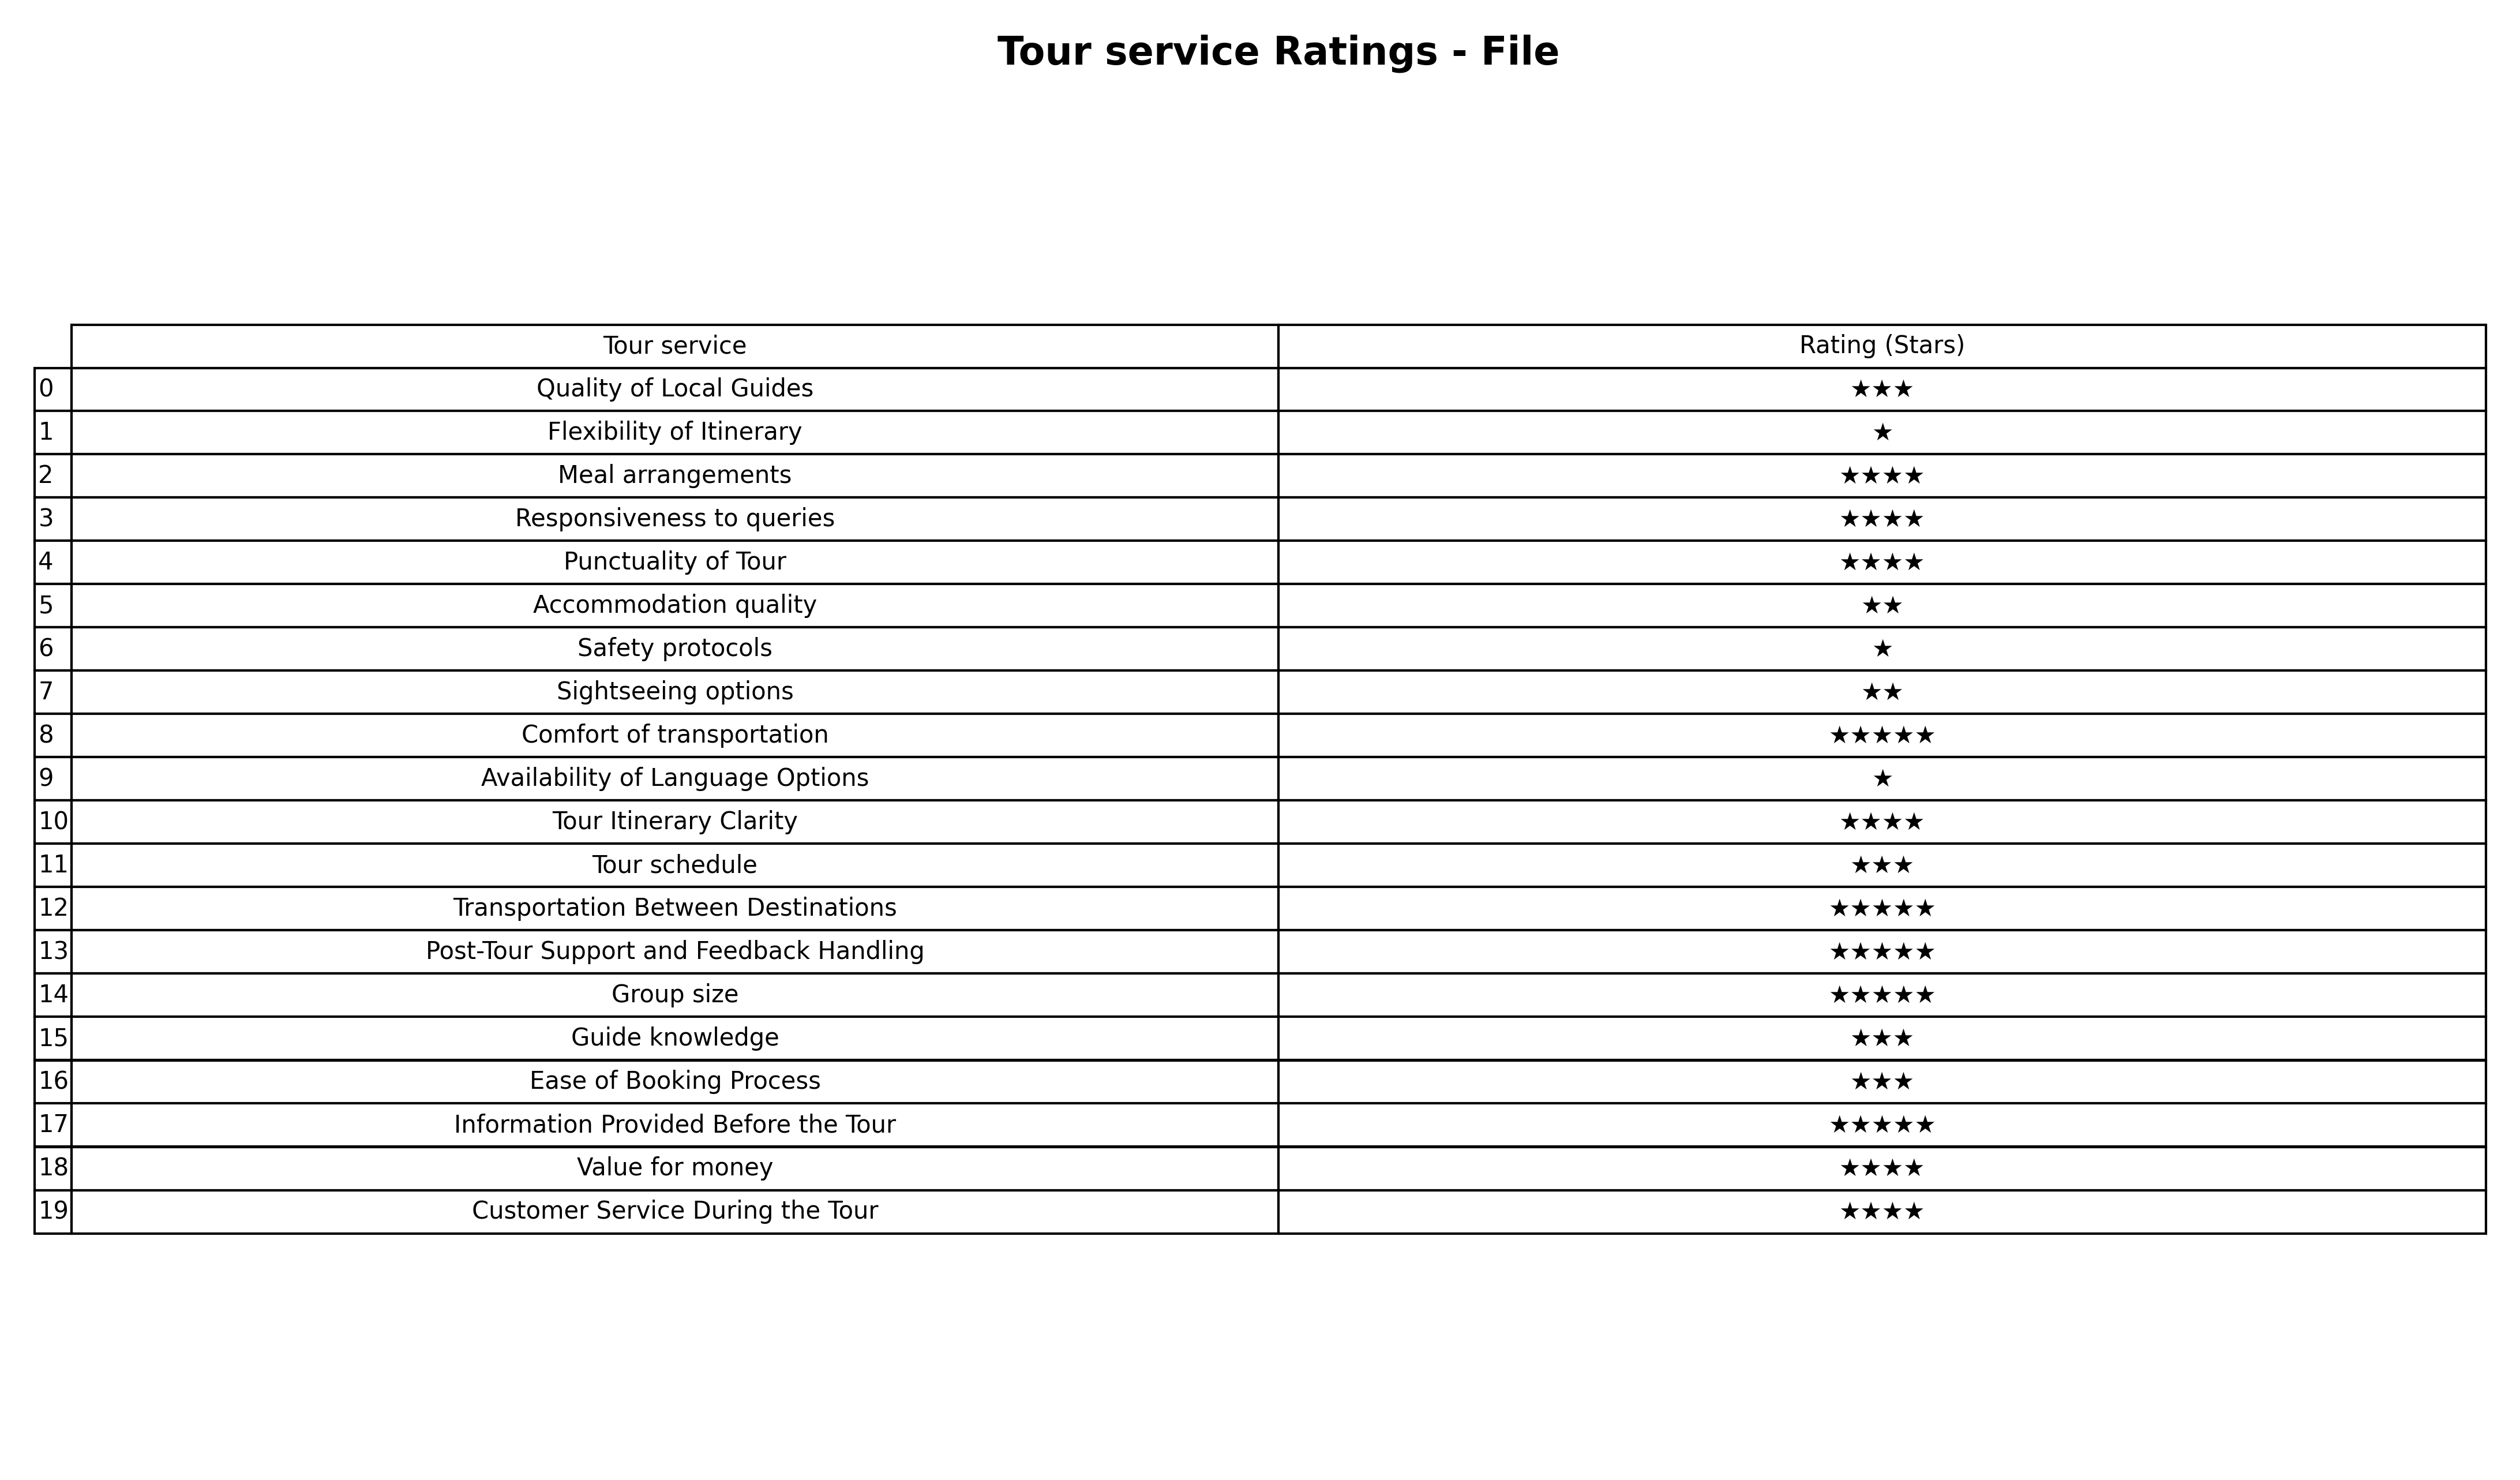
question: What are two star services?
answer: Accommodation qualitySightseeing options